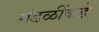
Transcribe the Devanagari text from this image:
मंडळींकडे